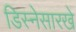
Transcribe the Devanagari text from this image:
डिस्नेसारखे